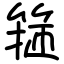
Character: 箍